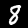
Digit: 8